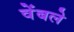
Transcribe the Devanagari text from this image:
वेंबले